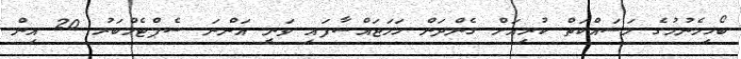
ބޯހިމެނުމުގެ މަސައްކަތް ކުރިއަށް ގެންދަން ހަމަޖައްސާފައި ވަނީ އަންނަ ސެޕްޓެމްބަރު 20 އިން